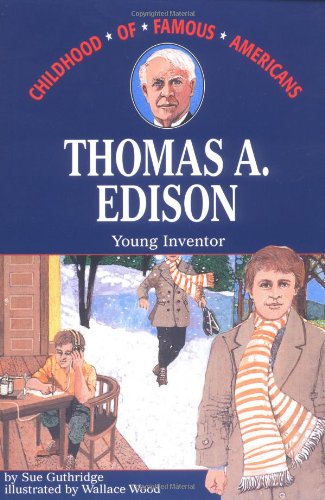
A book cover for Thomas Edison: Young Inventor (Childhood of Famous Americans); Sue Guthridge; Children's Books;